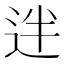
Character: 𨒃